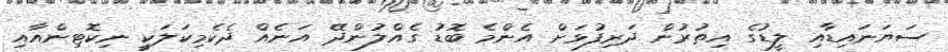
ސަޔަނައިޑާއި ލީޑުގެ އިތުރުން ދަރިފުޅަށް އެންމެ ބޮޑު ގެއްލުންދޭ އަނެއް ދެކެމިކަލަކީ ނިކޮޓިންއާއި